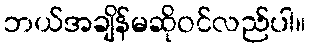
ဘယ်အချိန်မဆိုဝင်လည်ပါ။